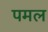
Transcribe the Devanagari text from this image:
पमल